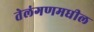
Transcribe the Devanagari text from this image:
तेलंगणमधील